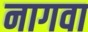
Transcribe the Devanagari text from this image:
नागवा